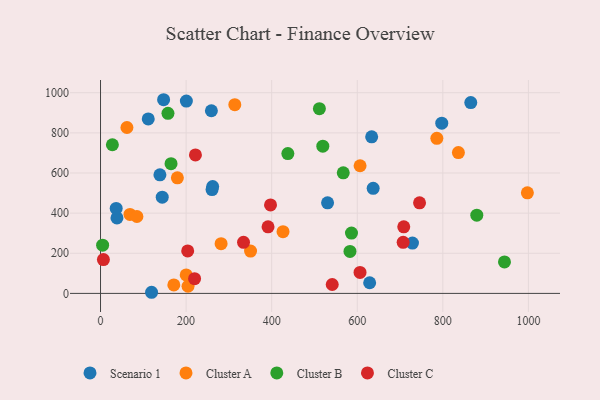
{"axis": {"x": "Price", "y": "Profit"}, "legend": ["Cluster A", "Cluster B", "Cluster C", "Scenario 1"], "data": [{"x": "259.1", "y": 910.2, "type": "Scenario 1"}, {"x": "797.5", "y": 848.1, "type": "Scenario 1"}, {"x": "111.5", "y": 869.2, "type": "Scenario 1"}, {"x": "530.6", "y": 451.5, "type": "Scenario 1"}, {"x": "38.4", "y": 376.3, "type": "Scenario 1"}, {"x": "36.6", "y": 423.6, "type": "Scenario 1"}, {"x": "865.3", "y": 950.7, "type": "Scenario 1"}, {"x": "144.2", "y": 479.7, "type": "Scenario 1"}, {"x": "637.2", "y": 523.6, "type": "Scenario 1"}, {"x": "138.8", "y": 590.7, "type": "Scenario 1"}, {"x": "262.1", "y": 532.5, "type": "Scenario 1"}, {"x": "629.0", "y": 53.0, "type": "Scenario 1"}, {"x": "633.7", "y": 780.3, "type": "Scenario 1"}, {"x": "147.4", "y": 965.1, "type": "Scenario 1"}, {"x": "729.0", "y": 250.8, "type": "Scenario 1"}, {"x": "200.6", "y": 958.2, "type": "Scenario 1"}, {"x": "260.6", "y": 517.6, "type": "Scenario 1"}, {"x": "119.3", "y": 5.6, "type": "Scenario 1"}, {"x": "68.8", "y": 393.3, "type": "Cluster A"}, {"x": "997.6", "y": 501.3, "type": "Cluster A"}, {"x": "204.5", "y": 35.5, "type": "Cluster A"}, {"x": "171.3", "y": 42.2, "type": "Cluster A"}, {"x": "61.7", "y": 826.6, "type": "Cluster A"}, {"x": "426.5", "y": 307.5, "type": "Cluster A"}, {"x": "350.6", "y": 210.8, "type": "Cluster A"}, {"x": "606.6", "y": 636.0, "type": "Cluster A"}, {"x": "281.8", "y": 247.9, "type": "Cluster A"}, {"x": "786.0", "y": 772.6, "type": "Cluster A"}, {"x": "836.4", "y": 701.7, "type": "Cluster A"}, {"x": "85.0", "y": 383.1, "type": "Cluster A"}, {"x": "179.6", "y": 576.1, "type": "Cluster A"}, {"x": "200.2", "y": 92.1, "type": "Cluster A"}, {"x": "313.8", "y": 940.5, "type": "Cluster A"}, {"x": "944.1", "y": 156.6, "type": "Cluster B"}, {"x": "567.3", "y": 601.0, "type": "Cluster B"}, {"x": "586.5", "y": 300.7, "type": "Cluster B"}, {"x": "519.5", "y": 733.4, "type": "Cluster B"}, {"x": "4.9", "y": 240.1, "type": "Cluster B"}, {"x": "437.8", "y": 696.6, "type": "Cluster B"}, {"x": "27.7", "y": 740.8, "type": "Cluster B"}, {"x": "879.4", "y": 389.9, "type": "Cluster B"}, {"x": "583.0", "y": 209.2, "type": "Cluster B"}, {"x": "164.8", "y": 646.5, "type": "Cluster B"}, {"x": "511.5", "y": 920.5, "type": "Cluster B"}, {"x": "157.6", "y": 897.3, "type": "Cluster B"}, {"x": "397.3", "y": 441.0, "type": "Cluster C"}, {"x": "708.7", "y": 331.9, "type": "Cluster C"}, {"x": "219.8", "y": 73.5, "type": "Cluster C"}, {"x": "707.3", "y": 254.6, "type": "Cluster C"}, {"x": "541.5", "y": 44.3, "type": "Cluster C"}, {"x": "221.8", "y": 689.9, "type": "Cluster C"}, {"x": "391.5", "y": 331.6, "type": "Cluster C"}, {"x": "606.5", "y": 104.5, "type": "Cluster C"}, {"x": "203.7", "y": 211.8, "type": "Cluster C"}, {"x": "6.7", "y": 168.5, "type": "Cluster C"}, {"x": "334.2", "y": 254.3, "type": "Cluster C"}, {"x": "745.6", "y": 451.3, "type": "Cluster C"}]}